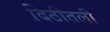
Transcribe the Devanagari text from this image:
दिठीतली